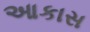
આકાસ